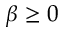
\beta \geq 0